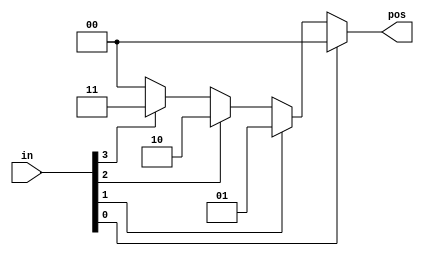
// synthesis verilog_input_version verilog_2001
module top_module (
    input [3:0] in,
    output reg [1:0] pos  );
    always@(*)
        begin
            casex(in)
                4'bxxx1:pos=2'd0;
                4'bxx1x:pos=2'd1;
                4'bx1xx:pos=2'd2;
                4'b1xxx:pos=2'd3;
                default: pos=2'd0;
            endcase
        end
                
endmodule